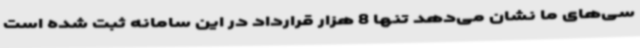
سی‌های ما نشان می‌دهد تنها 8 هزار قرارداد در این سامانه ثبت شده است